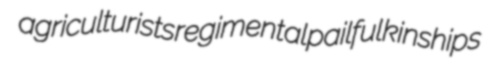
agriculturists regimental pailful kinships